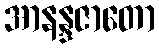
အာနန္ဒဇာတော